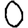
Digit: 0